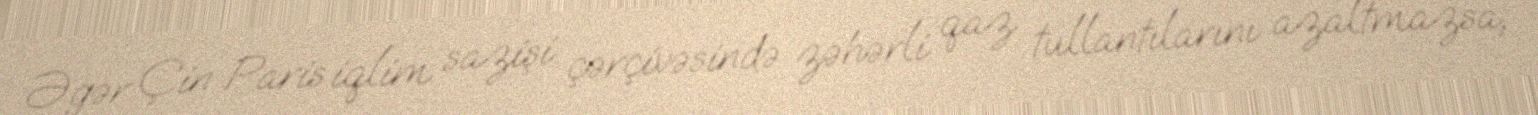
Əgər Çin Paris iqlim sazişi çərçivəsində zəhərli qaz tullantılarını azaltmazsa,